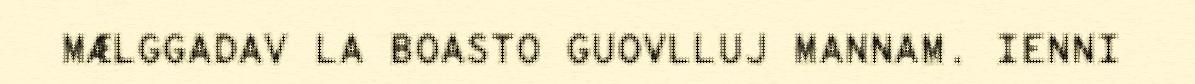
MÆLGGADAV LA BOASTO GUOVLLUJ MANNAM. IENNI